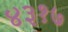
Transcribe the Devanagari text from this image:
४३१७